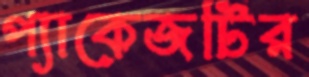
প্যাকেজটির